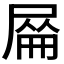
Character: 𡲜